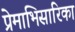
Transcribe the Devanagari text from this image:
प्रेमाभिसारिका